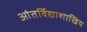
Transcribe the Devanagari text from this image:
आंतर्विद्याशाखिय